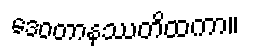
ဒေဝတာနုဿတိထကာ။